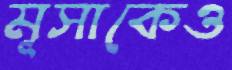
মূসাকেও